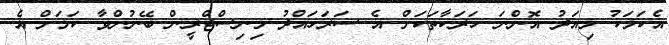
އެކަމަކު މިއަދު އޮންނަ ހަރަކާތަކަށް އެ ސަރަހައްދު މިނިސްޓްރީން ބޭނުންވާ ކަމަށް އެ